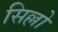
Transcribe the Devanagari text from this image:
सिल्लो